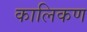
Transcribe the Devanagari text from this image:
कालिकण